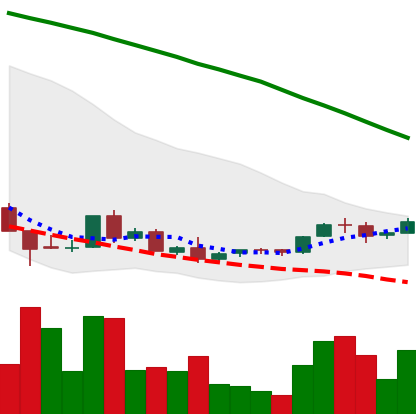
Ticker: ADA-USD
Chart end date: 2018-09-01
Forward return: -17.0%
Label: down_7plus